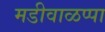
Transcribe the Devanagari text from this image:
मडीवाळप्पा